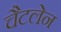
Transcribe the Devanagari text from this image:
चैटलेन